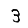
Digit: 3